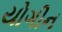
યોગીન